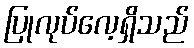
ပြုလုပ်လေ့ရှိသည်